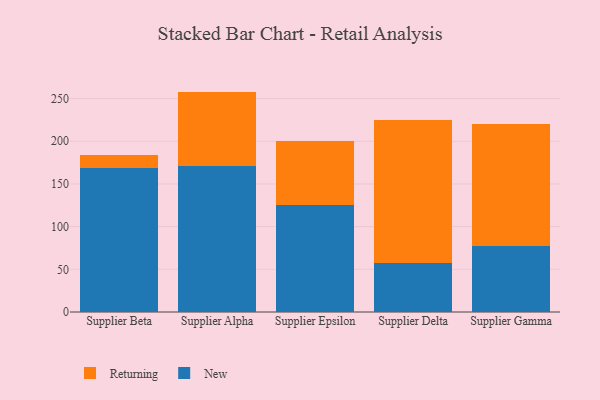
{"axis": {"x": "Supplier", "y": "Humidity (%)"}, "legend": ["New", "Returning"], "data": [{"x": "Supplier Beta", "y": 168.8, "type": "New"}, {"x": "Supplier Beta", "y": 15.1, "type": "Returning"}, {"x": "Supplier Alpha", "y": 170.5, "type": "New"}, {"x": "Supplier Alpha", "y": 87.7, "type": "Returning"}, {"x": "Supplier Epsilon", "y": 124.8, "type": "New"}, {"x": "Supplier Epsilon", "y": 75.1, "type": "Returning"}, {"x": "Supplier Delta", "y": 57.8, "type": "New"}, {"x": "Supplier Delta", "y": 167.6, "type": "Returning"}, {"x": "Supplier Gamma", "y": 77.8, "type": "New"}, {"x": "Supplier Gamma", "y": 142.2, "type": "Returning"}]}